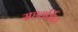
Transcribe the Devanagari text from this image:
सहवर्धित